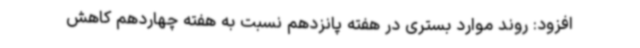
افزود: روند موارد بستری در هفته پانزدهم نسبت به هفته چهاردهم کاهش